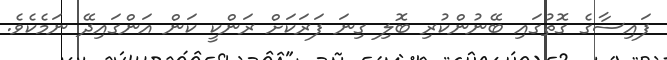
ފައިސާގެ ގޮތުގައި ބޭނުންކުރި ބޮލި ގިނަ ފަރަކަށް ރަންކީ ކަން އަންގައިދޭ ނަމެކެވެ.